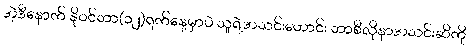
အဲ့ဒီနောက် နိုဝင်ဘာ(၁၂)ရက်နေ့မှာပဲ သူရဲ့အသင်းဟောင်း ဘာစီလိုနာအသင်းဆီကို